Problem: 18 + 24 = ?
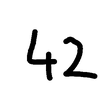
Handwritten answer: 42